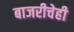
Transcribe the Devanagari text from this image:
बाजरीचेही